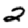
Digit: 2